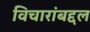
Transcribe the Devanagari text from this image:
विचारांबद्दल